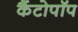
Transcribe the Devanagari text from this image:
कैंटोपॉप